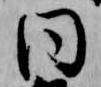
同